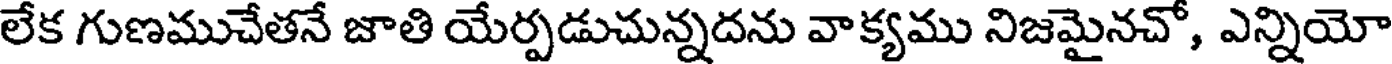
లేక గుణముచేతనే జాతి యేర్పడుచున్నదను వాక్యము నిజమైనచో, ఎన్నియో